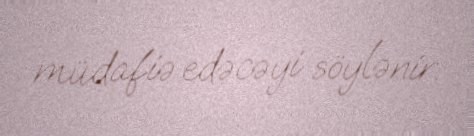
müdafiə edəcəyi söylənir.